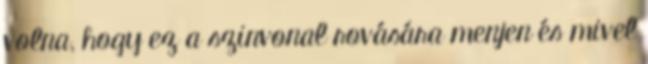
volna, hogy ez a szinvonal rovására menjen és mivel